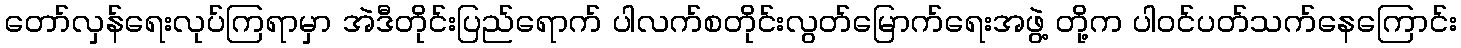
တော်လှန်ရေးလုပ်ကြရာမှာ အဲဒီတိုင်းပြည်ရောက် ပါလက်စတိုင်းလွတ်မြောက်ရေးအဖွဲ့ တို့က ပါဝင်ပတ်သက်နေကြောင်း